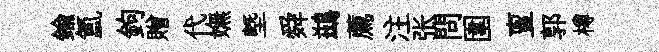
鍮氲鉤贈代嫵塈舜鷀薦注张問圍亶郭樽